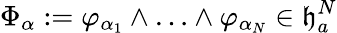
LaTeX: \Phi_{\alpha}:=\varphi_{\alpha_{1}}\wedge\ldots\wedge\varphi_{\alpha_{N}}\in\mathfrak{h}_{a}^{N}